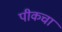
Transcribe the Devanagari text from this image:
पीकचा